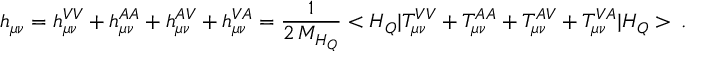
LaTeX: h _ { \mu \nu } = h _ { \mu \nu } ^ { V V } + h _ { \mu \nu } ^ { A A } + h _ { \mu \nu } ^ { A V } + h _ { \mu \nu } ^ { V A } = { \frac { 1 } { 2 \, M _ { H _ { Q } } } } < H _ { Q } | T _ { \mu \nu } ^ { V V } + T _ { \mu \nu } ^ { A A } + T _ { \mu \nu } ^ { A V } + T _ { \mu \nu } ^ { V A } | H _ { Q } > \, .